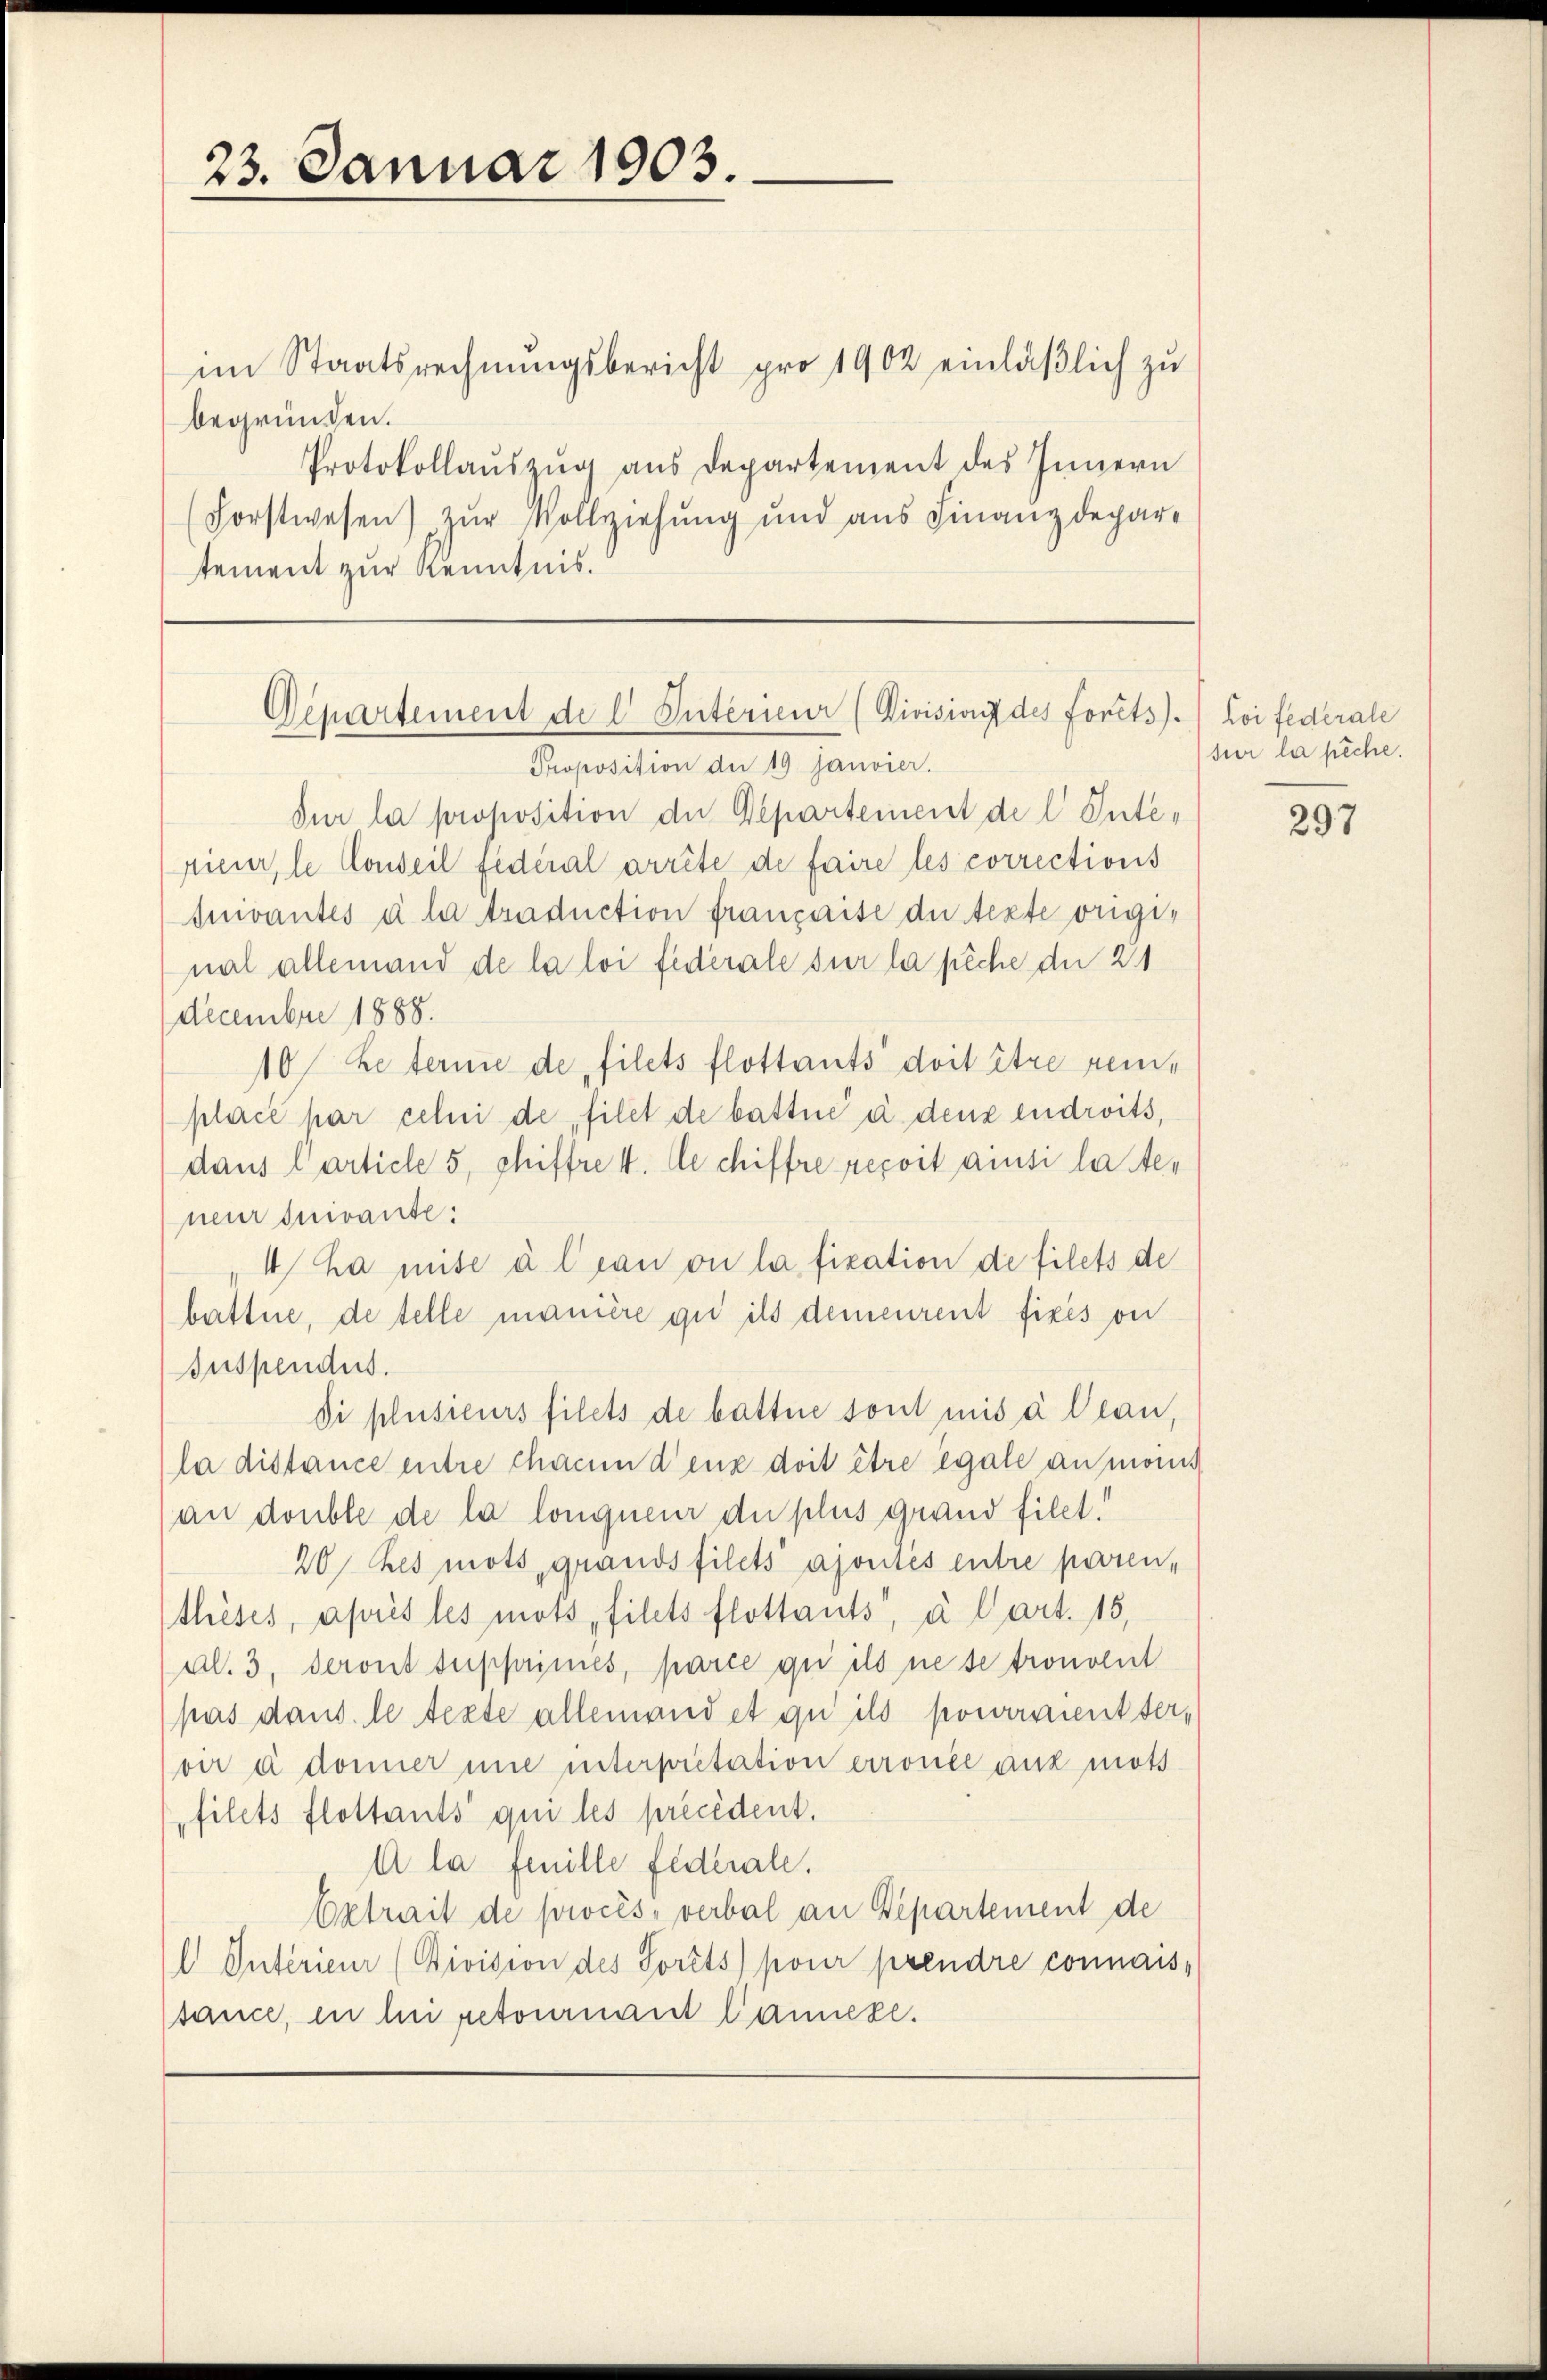
im Staatsrechnŭngsbericht pro 1902 einläßlich zu
begründen.
Protokollauszug aus Departement des Innern
Forstwesen) zŭr Vollziehung und aŭs Finanzdepar-
stement zur Kenntnis.

23. Januar 1903.

Proposition der 19 Janvier.
Sur la proposition der Departement de l. Interieur, le Conseil fédéral arrête de faire les corrections
Quivantes à la traduction française du texte original allemand de la loi fédérale sur la pêche du 21
Decembre 1888.
10 Reternie de filets flottants doit être reme
place par celui de filet de battué à dene endroits,
dans l’article 5, chiffre 4. de chiffre reçoit ainsi lateneur suivante:
4 ha mite à lian ou la fikation de filets de
battne, de telle manière qui ils demeurent fixés on
Iuspendus.
Si plusieurs filets de battene sont mis à Clau,
la distance entre chacun d’eux doit être egale an manis
(an double de la longueur du plus grand fillt!
20 des mots, grands filets ajoutés entre paren,
thèses, après les mots, filets flottants, à Cart. 15,
Al. 3. deront suppumes, parie qui ils ne se trouvent
pas dans le texte allemand et qu’ils pourraientter,
vir à donner une unterpretation erronce aux mots
filets flottants qui les précédent.
A la feuille federale.
betrait de procès-verbal an Departement de
l Intérieur (Bivision des Sorêts pour prendre connais-
sauce, in bei retournant Camere.

Departement de l. Interieur (Division des Forts.) Loi fédérale

sur la pêche.

297